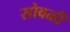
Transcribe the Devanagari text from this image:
सोवळी